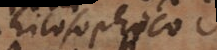
philosophic